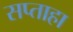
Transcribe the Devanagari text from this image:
सप्ताहा